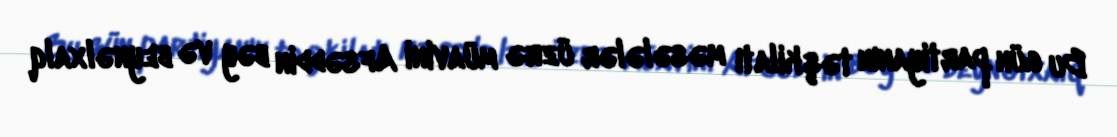
Bu gün partiyanın təşkilatı məsələlər üzrə müavini Afsəddin bəy və beynəlxalq